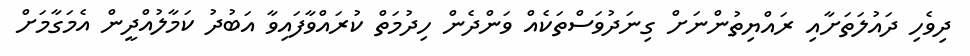
ދިވެހި ދައުލަތަށާއި ރައްޔިތުންނަށް ގިނަދުވަސްތަކެއް ވަންދެން ހިދުމަތް ކުރައްވާފައިވާ އަބުދު ކަމާލުއްދީން އެމަގާމަށް